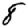
Digit: 8